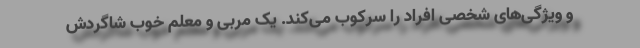
و ویژگی‌های شخصی افراد را سرکوب می‌کند. یک مربی و معلم خوب شاگردش